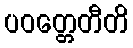
ပဝတ္တေတီတိ